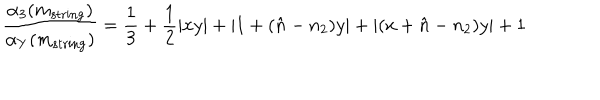
\frac { \alpha _ { 3 } ( m _ { \mathrm { s t r i n g } } ) } { \alpha _ { Y } ( m _ { \mathrm { s t r i n g } } ) } = \frac { 1 } { 3 } + \frac { 1 } { 2 } | x y | + | 1 + ( \hat { n } - n _ { 2 } ) y | + | ( x + \hat { n } - n _ { 2 } ) y | + 1